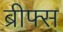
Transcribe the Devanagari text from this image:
ब्रीफ्स